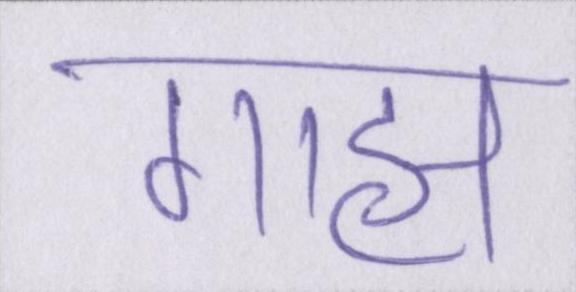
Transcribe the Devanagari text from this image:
गाह्य